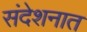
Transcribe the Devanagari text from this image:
संदेशनात